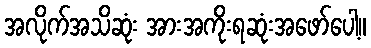
အလိုက်အသိဆုံး အားအကိုးရဆုံးအဖော်ပေါ့။